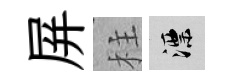
屏柱漂